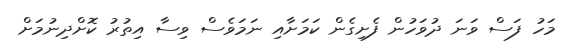
މަހު ފަސް ވަނަ ދުވަހުން ފެށިގެން ކަމަށާއި ނަމަވެސް ވިސާ އިތުރު ކޮށްދިނުމަށް